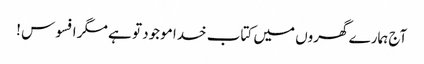
آج ہمارے گھروں میں کتاب خدا موجود تو ہے مگر افسوس !